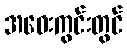
အဝေးကွင်းတွင်